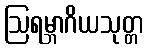
ဩရမ္ဘာဂိယသုတ္တ